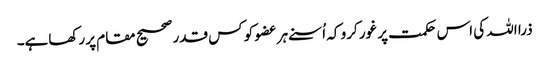
ذرا اللہ کی اس حکمت پر غور کرو کہ اُسنے ہر عضو کو کس قدر صحیح مقام پر رکھاہے۔